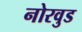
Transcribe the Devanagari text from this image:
नोरवुड